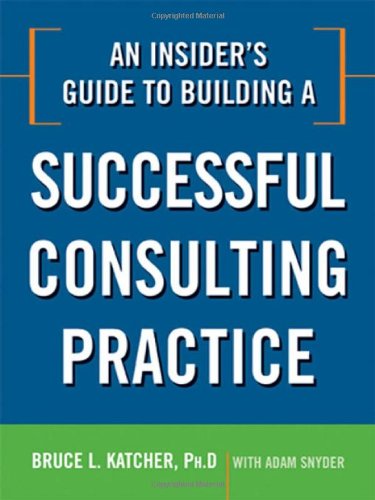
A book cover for An Insider's Guide to Building a Successful Consulting Practice; Bruce L. Katcher; Business & Money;